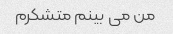
من می بینم متشکرم